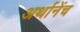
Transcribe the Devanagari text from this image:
अर्थानेंच